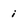
Character: i